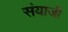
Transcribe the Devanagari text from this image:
संयाजी